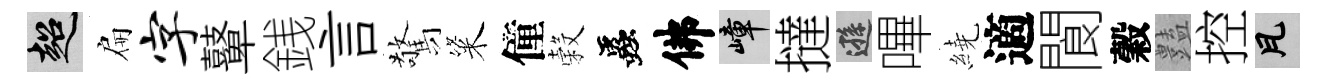
超扁字鼙銭言驚粢僮穀蟲佛嶂撻遜嗶繞適閬穀𧰟控瓦